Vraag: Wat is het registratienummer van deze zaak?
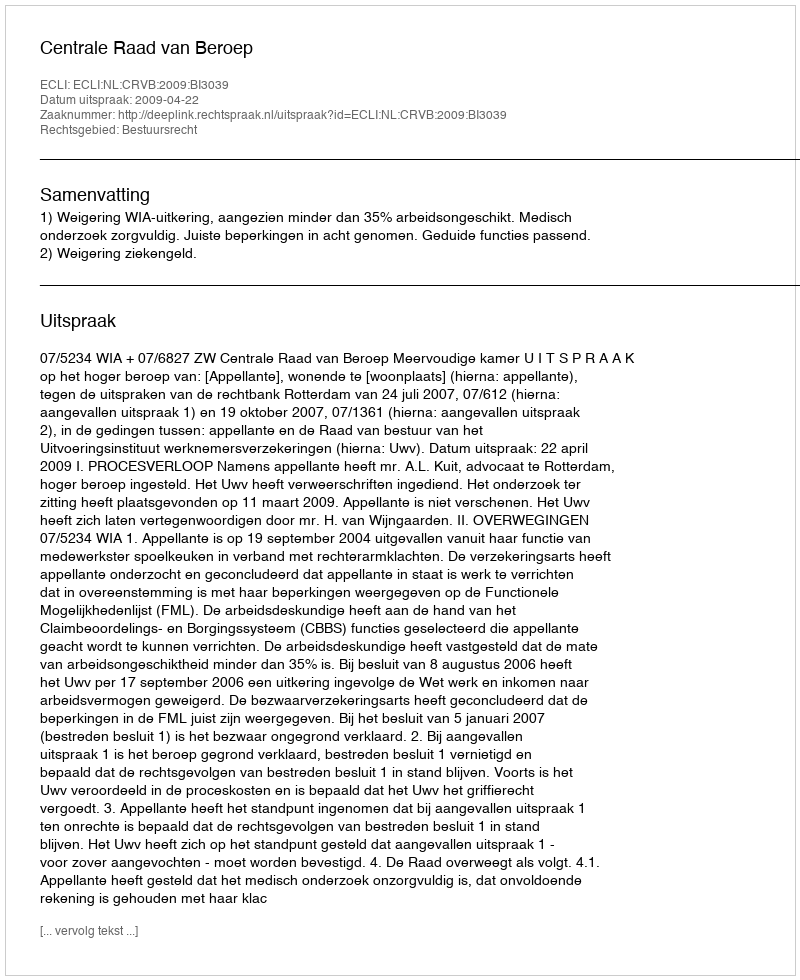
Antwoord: http://deeplink.rechtspraak.nl/uitspraak?id=ECLI:NL:CRVB:2009:BI3039